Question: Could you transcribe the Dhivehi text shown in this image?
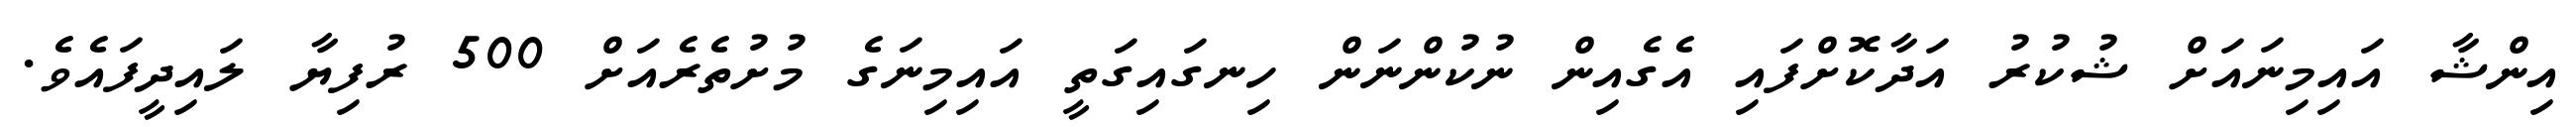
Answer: އިންޝާ އައިމިނައަށް ޝުކުރު އަދާކޮށްފައި އެގެއިން ނުކުންނަން ހިނގައިގަތީ އައިމިނަގެ މުށުތެރެއަށް 500 ރުފިޔާ ލައިދީފައެވެ.